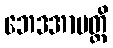
ဘေဒအာပတ္တိ